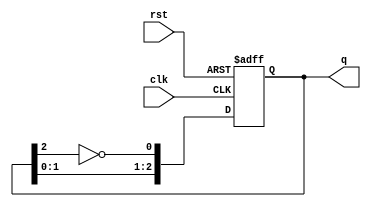
module modified_johnson_counter (
    input wire clk,          // Clock input
    input wire rst,          // Asynchronous reset input
    output reg [2:0] q       // 3-bit counter output
);

// Initialize the counter state
always @(posedge clk or posedge rst) begin
    if (rst) begin
        q <= 3'b000;         // Reset to 000 on reset signal
    end else begin
        q[0] <= ~q[2];       // The first flip-flop takes the inverted output of the last flip-flop
        q[1] <= q[0];        // The second flip-flop takes the output of the first flip-flop
        q[2] <= q[1];        // The third flip-flop takes the output of the second flip-flop
    end
end

endmodule